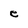
Character: e